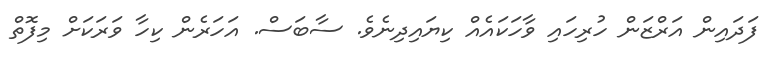
ފަދައިން އަރްޒަން ހުރިހައި ވާހަކައެއް ކިޔައިދިނެވެ. ސާބަސް. އަހަރެން ކިހާ ވަރަކަށް މިފޮތް